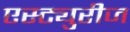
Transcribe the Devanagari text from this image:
एस्ट्युरीज